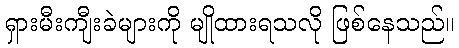
ရှားမီးကျီးခဲများကို မျိုထားရသလို ဖြစ်နေသည်။